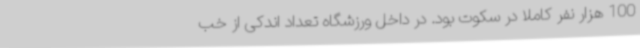
100 هزار نفر کاملا در سکوت بود. در داخل ورزشگاه تعداد اندکی از خب